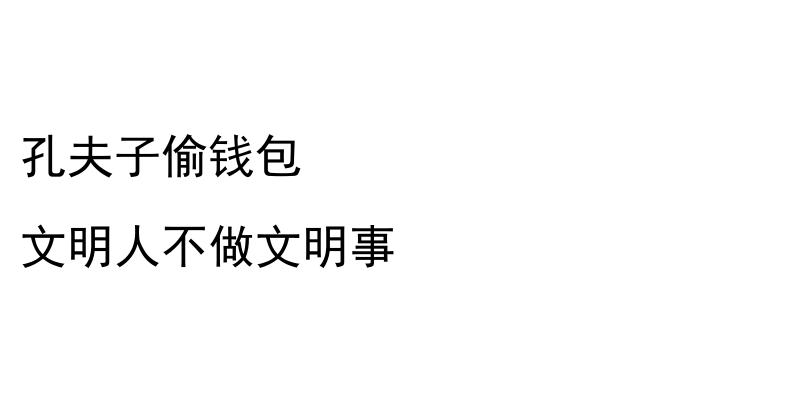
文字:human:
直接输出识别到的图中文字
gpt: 孔夫子偷钱包 文明人不做文明事